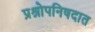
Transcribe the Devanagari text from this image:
प्रश्नोपनिषदात